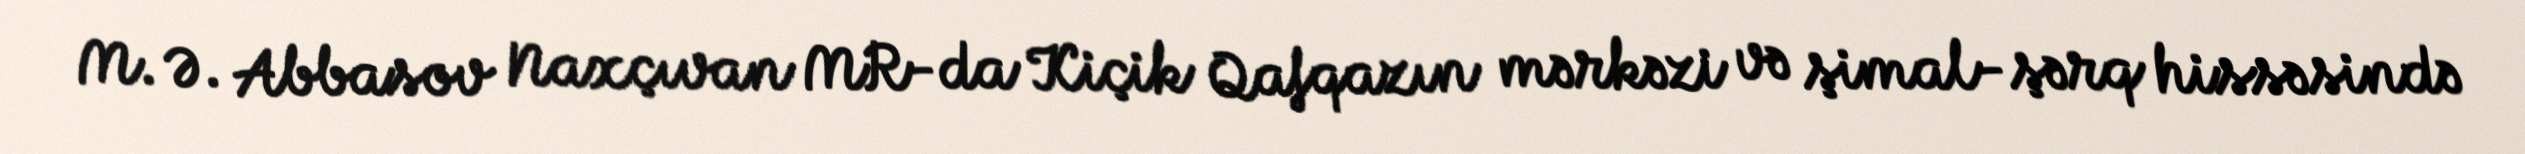
M. Ə. Abbasov Naxçıvan MR-da Kiçik Qafqazın mərkəzi və şimal-şərq hissəsində